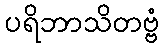
ပရိဘာသိတဗ္ဗံ